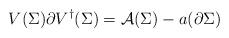
LaTeX: \begin{align*}V(\Sigma ) \partial V^{\dagger } (\Sigma ) ={\cal A} (\Sigma ) - a (\partial \Sigma )\end{align*}